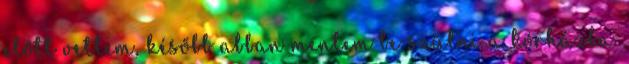
előtt vettem, később abban mentem be szülni a kórházba.